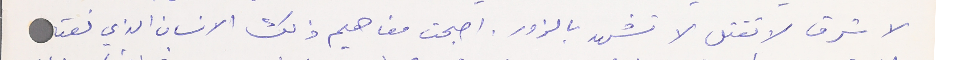
لا تسرق لا تقتل لا تشهد بالزور. اصبحت مفاهيم ذلك الانسان الذي نعته